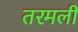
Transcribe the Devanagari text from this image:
तरमली